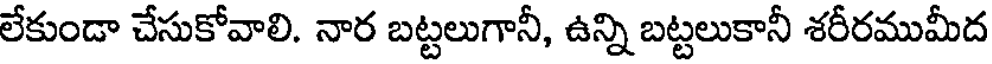
లేకుండా చేసుకోవాలి. నార బట్టలుగానీ, ఉన్ని బట్టలుకానీ శరీరముమీద